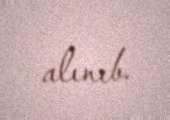
alınıb.